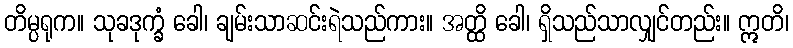
တိမ္ပရုက။ သုခဒုက္ခံ ခေါ၊ ချမ်းသာဆင်းရဲသည်ကား။ အတ္ထိ ခေါ၊ ရှိသည်သာလျှင်တည်း။ ဣတိ၊